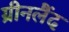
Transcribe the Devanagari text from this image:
ग्रीनलैंद